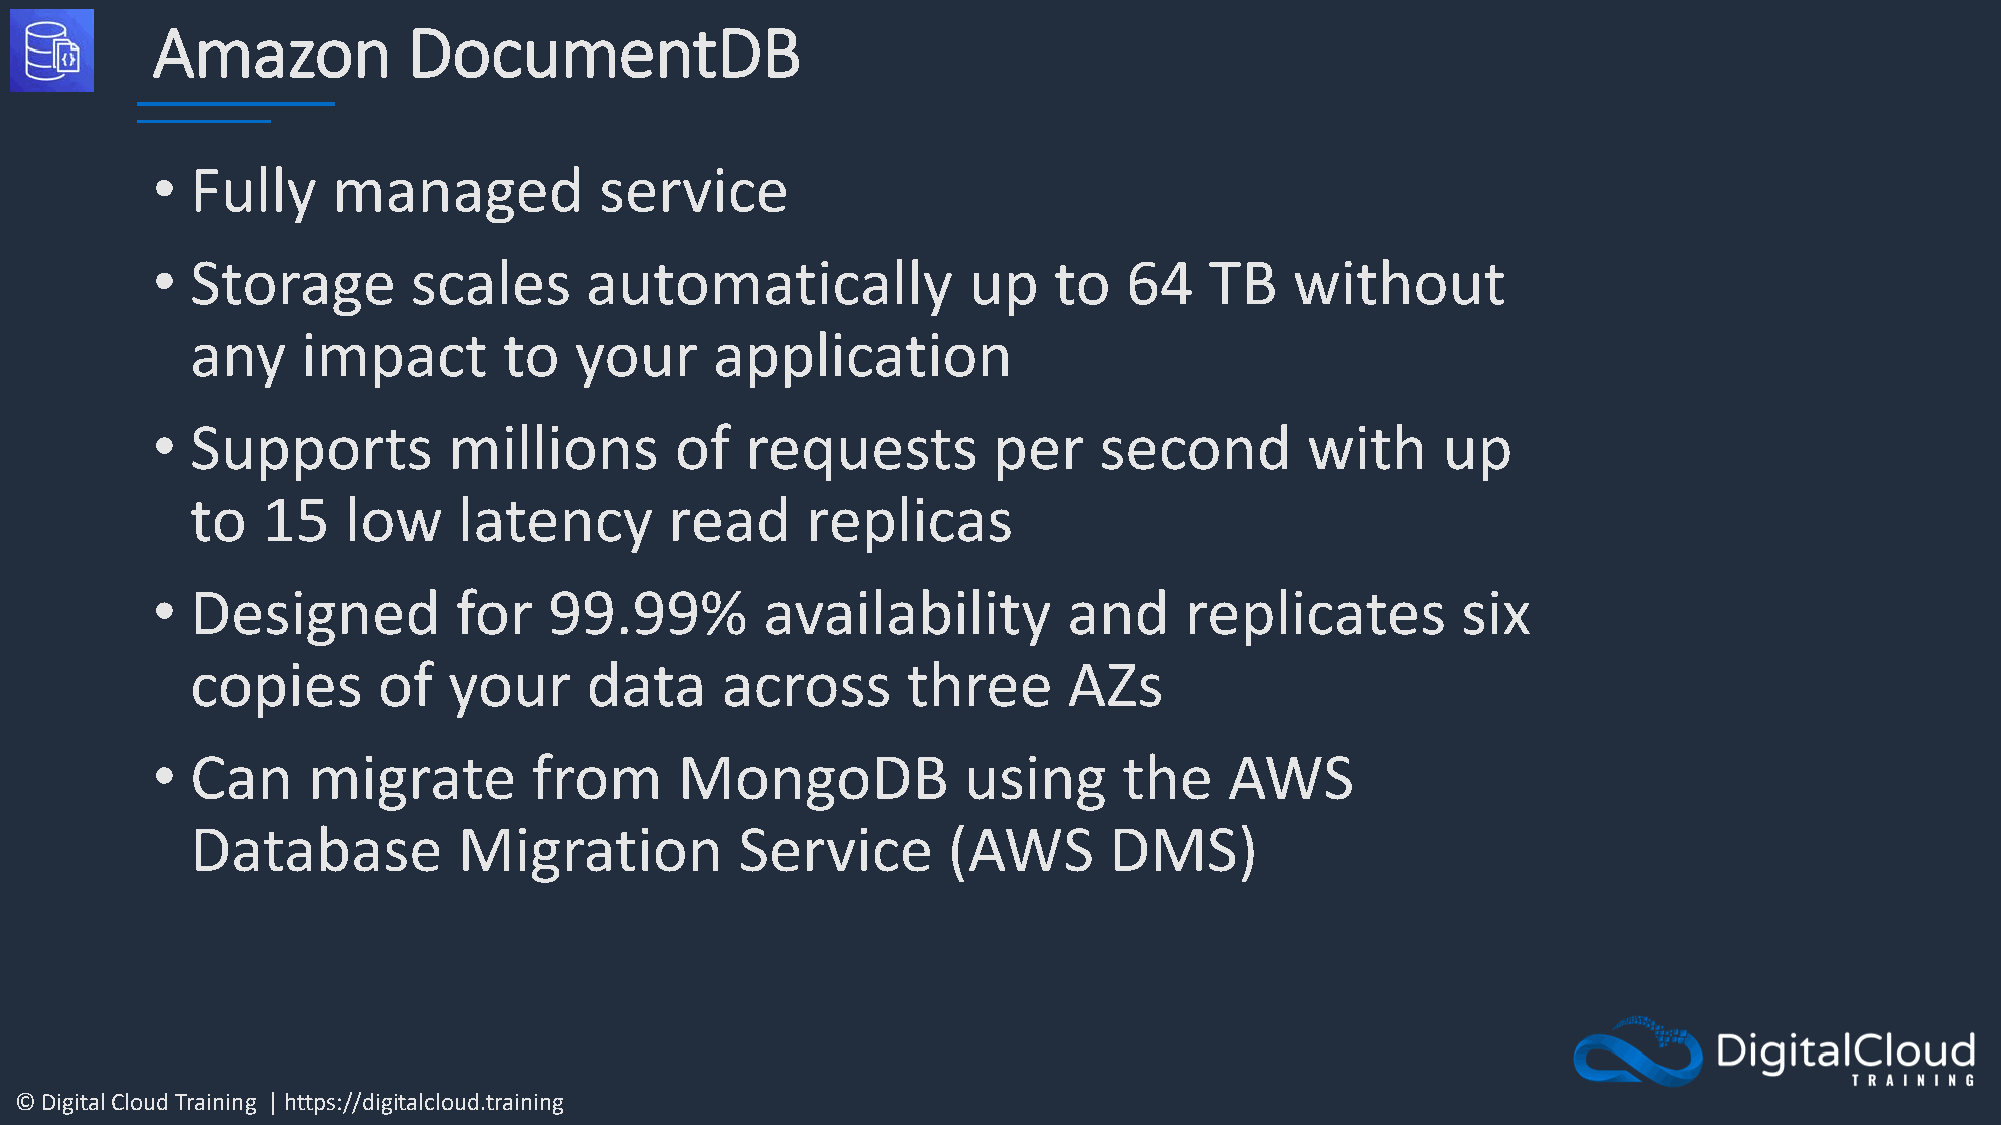
Amazon           DocumentDB
 •  Fully    managed           service
 •  Storage       scales      automatically            up    to   64   TB    without
 any    impact       to   your     application
 •  Supports         millions       of  requests         per    second       with     up
 to  15    low    latency       read     replicas
 •  Designed         for   99.99%         availability        and    replicates         six
 copies      of   your     data     across      three      AZs
 •  Can    migrate        from      MongoDB            using     the    AWS
 Database         Migration          Service       (AWS      DMS)
 © Digital Cloud Training | https://digitalcloud.training